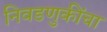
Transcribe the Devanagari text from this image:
निवडणुकींचा